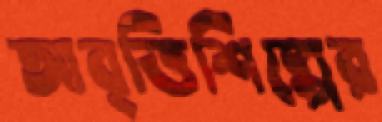
আবৃত্তিশিল্পের